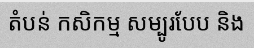
តំបន់ កសិកម្ម សម្បូរបែប និង